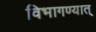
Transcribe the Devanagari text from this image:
विभागण्यात्